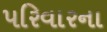
પરિવારના